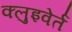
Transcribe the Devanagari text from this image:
क्लुइवेर्त